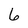
Character: 6